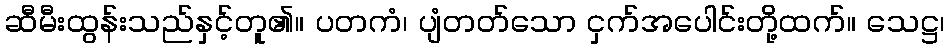
ဆီမီးထွန်းသည်နှင့်တူ၏။ ပတကံ၊ ပျံတတ်သော ငှက်အပေါင်းတို့ထက်။ သေဋ္ဌ၊